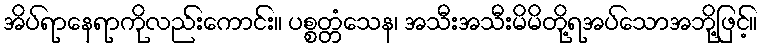
အိပ်ရာနေရာကိုလည်းကောင်း။ ပစ္စတ္တံသေန၊ အသီးအသီးမိမိတို့ရအပ်သောအဘို့ဖြင့်။